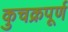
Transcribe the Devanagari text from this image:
कुचक्रपूर्ण